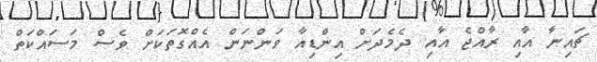
ޗައިނާ އާއި ރާއްޖެ އާއި ދެމެދަށް އިންޑިއާ ވަންނަން އެއްގޮތަކަށް ވެސް މަސައްކަތް